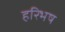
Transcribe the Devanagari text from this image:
हरिभष